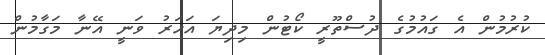
ކުރުމުން އެ ގައުމުގެ ދުސްތޫރީ ކޯޓުން މިދިޔަ އަހަރު ވަނީ އޭނާ މަގާމުން